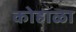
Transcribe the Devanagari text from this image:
कोहाळा